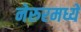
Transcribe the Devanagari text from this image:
नेरुरमध्ये